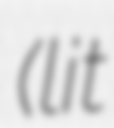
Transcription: (lit